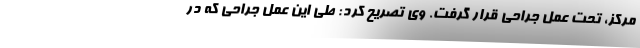
مرکز، تحت عمل جراحی قرار گرفت. وی تصریح کرد: طی این عمل جراحی که در